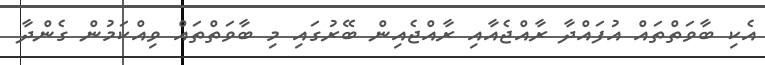
އެކި ބާވަތްތައް އުފައްދާ ރާއްޖެއާއި ރާއްޖެއިން ބޭރުގައި މި ބާވަތްތައް ވިއްކަމުން ގެންދާ